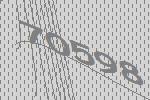
70598